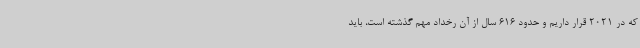
که در 2021 قرار داریم و حدود 616 سال از آن رخداد مهم گذشته است، باید